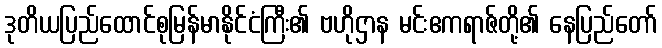
ဒုတိယပြည်ထောင်စုမြန်မာနိုင်ငံကြီး၏ ဗဟိုဌာန မင်းဧကရာဇ်တို့၏ နေပြည်တော်